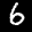
Label: 6